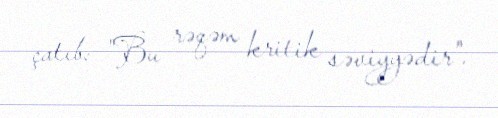
çatıb: "Bu rəqəm kritik səviyyədir".